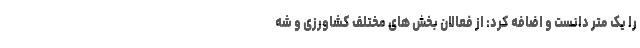
را یک متر دانست و اضافه کرد: از فعالان بخش های مختلف کشاورزی و شه